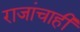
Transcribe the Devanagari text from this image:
राजांचाही